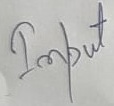
Text: Input